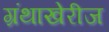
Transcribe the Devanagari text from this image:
ग्रंथाखेरीज